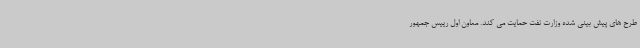
طرح های پیش بینی شده وزارت نفت حمایت می کند. معاون اول رییس جمهور